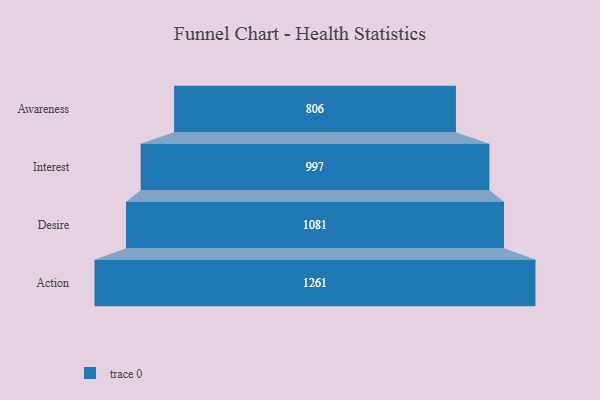
{"axis": {"x": "Stage", "y": "Value"}, "legend": [""], "data": [{"x": "Awareness", "y": 806.0, "type": ""}, {"x": "Interest", "y": 997.0, "type": ""}, {"x": "Desire", "y": 1081.0, "type": ""}, {"x": "Action", "y": 1261.0, "type": ""}]}